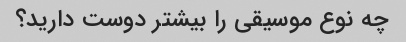
چه نوع موسیقی را بیشتر دوست دارید؟